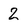
Character: 2